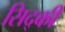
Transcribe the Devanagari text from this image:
सिद्की